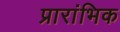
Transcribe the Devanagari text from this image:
प्रारांभिक